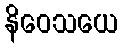
နိဝေသယေ